Report of the Municipal Commissioner on the plague in Bombay for the year ending 31st May... - Volume 3
Disease focus: Plague
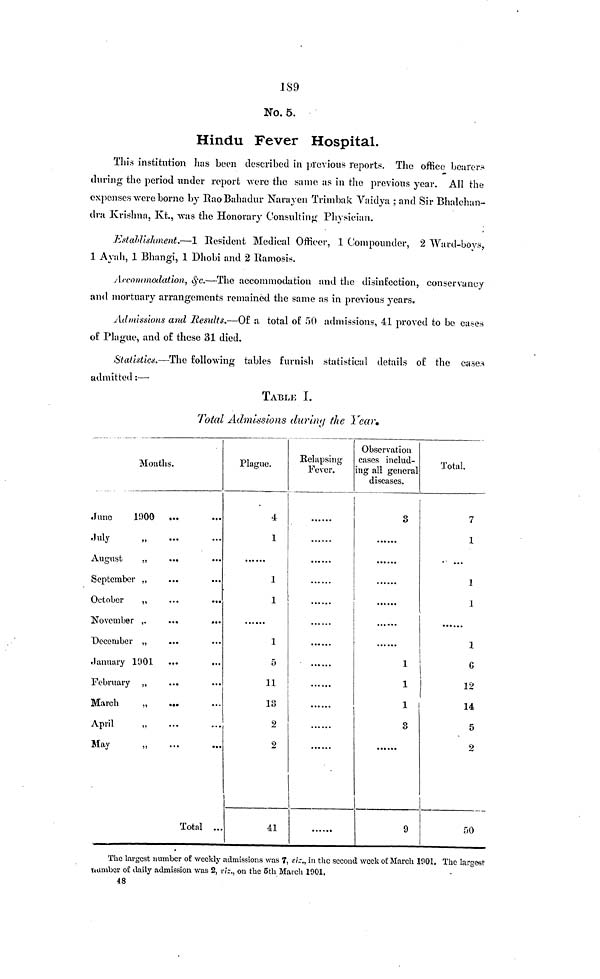
189
No. 5.
Hindu Fever Hospital.
This institution lias been described in previous reports. The office bearer
during the period under report were the same as in the previous year. All the
expenses were borne by Rao Bahadur Narayen Trimbak Vaidya ; and Sir Bhalchan-
dra Krishna, Kt., was the Honorary Consulting Physician.
Establishment.—1 Resident Medical Officer, 1 Compounder, 2 Ward-boys,
1 Ayah, 1 Bhangi, 1 Dhobi and 2 Kamosis.
Accommodation, &c.—-The accommodation and the disinfection, conservancy
and mortuary arrangements remained the same as in previous years.
Admissions and Results.—Of a total of 50 admissions, 41 proved to be cases
of Plague, and of these 31 died.
Statistics.—The following tables furnish statistical details of the cases
admitted:—
TABLE I.
Total Admissions during the Year.
Months.
June
1900
July
August
„
September .,
October
,,
November ,.
"December „
.January 1901
February „
March
„
April
„
May
„
...
...
...
...
...
...
• •*
...
...
«•«
...
. ..
Total
...
...
...
• ••
...
...
...
...
...
...
• • •
1 ..
Plague.
4
I
1
1
1
1
5
11
13
2
2
41
Relapsing
Fever.
Observation
cases includ-
ing all general
diseases.
3
1
1
1
3
9
Total.
7
1
...
1
1
1
G
12
14
5
2
50
The largest number of weekly .admissions was 7, etc., in the second week of March 1001, The largest
number of daily admission was 2, viz.. on the 5th March 1901,
48